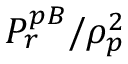
P _ { r } ^ { p B } / \rho _ { p } ^ { 2 }